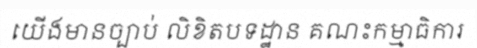
យើងមានច្បាប់ លិខិតបទដ្ឋាន គណះកម្មាធិការ